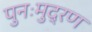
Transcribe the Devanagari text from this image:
पुनःमुद्रण